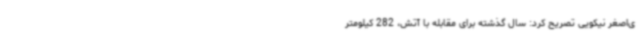
ی‌اصغر نیکویی تصریح کرد: سال گذشته برای مقابله با آتش، 282 کیلومتر